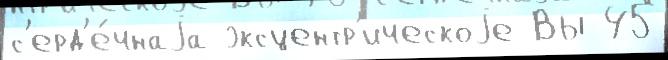
с'ерд'е́чнаjа эксцентр'ическоjе Вы 45